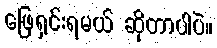
ဖြေရှင်းရမယ် ဆိုတာပါပဲ။